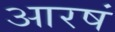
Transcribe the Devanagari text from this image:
आरषं